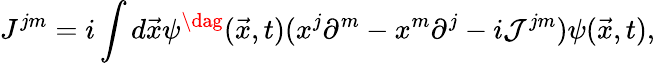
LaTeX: J^{jm}=i\int d\vec{x}\psi^{\dag}(\vec{x},t)(x^{j}\partial^{m}-x^{m}\partial^{j}-i{\cal J}^{jm})\psi(\vec{x},t),